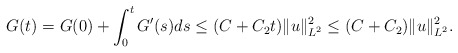
\begin{align*}G(t)=G(0)+\int_0^tG'(s)ds\leq (C+C_2t)\|u\|_{L^2}^2\leq (C+C_2)\|u\|_{L^2}^2.\end{align*}